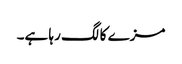
مزے کا لگ رہا ہے۔